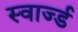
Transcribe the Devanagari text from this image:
स्वार्ज्ड